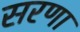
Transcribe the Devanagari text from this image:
सरणा